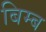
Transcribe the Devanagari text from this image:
बिम्‍ब